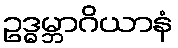
ဥဒ္ဓမ္ဘာဂိယာနံ